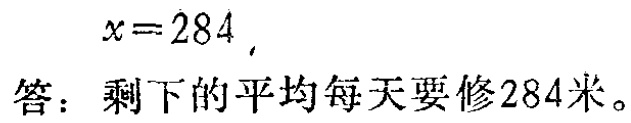
\[

x = 284,

\]

答：剩下的平均每天要修284米。